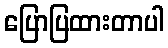
ပြောပြထားတာပါ